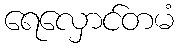
ရေလှောင်တမံ